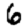
Digit: 6